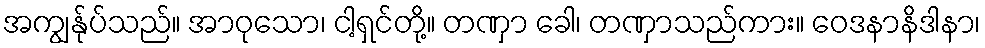
အကျွန်ုပ်သည်။ အာဝုသော၊ ငါ့ရှင်တို့။ တဏှာ ခေါ၊ တဏှာသည်ကား။ ဝေဒနာနိဒါနာ၊